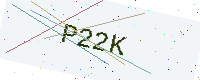
Text: P22K